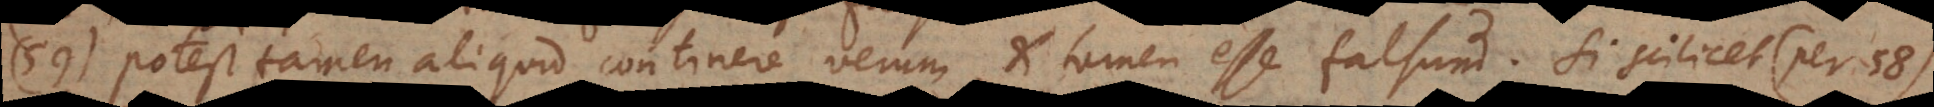
59) Potest tamen aliquid continere verum, et tamen esse falsum. Si scilicet (per 58)